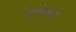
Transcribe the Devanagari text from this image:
देवेकर